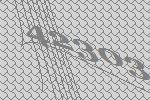
42303